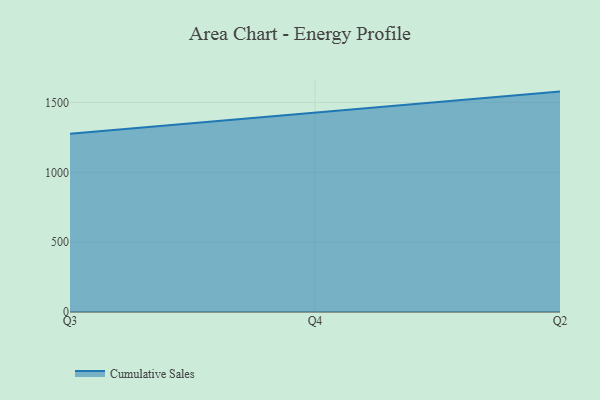
{"axis": {"x": "Quarter", "y": "Satisfaction Score"}, "legend": ["Cumulative Sales"], "data": [{"x": "Q3", "y": 1275.4, "type": "Cumulative Sales"}, {"x": "Q4", "y": 1428.1, "type": "Cumulative Sales"}, {"x": "Q2", "y": 1577.9, "type": "Cumulative Sales"}]}